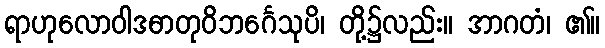
ရာဟုလောဝါဒဓာတုဝိဘင်္ဂေသုပိ၊ တို့၌လည်း။ အာဂတံ၊ ၏။